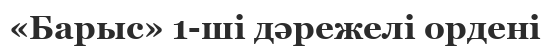
«Барыс» 1-ші дәрежелі ордені